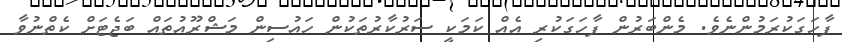
ފާހަގަކުރަމުންނެވެ. މެންބަރުން ފާހަގަކުރި އެއް ކަމަކީ ސަރުކާރުތަކުން ހައުސިން މަޝްރޫއުތައް ބަޖެޓަށް ކެތްނުވާ